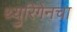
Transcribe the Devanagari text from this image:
थ्युरिंगेनचा